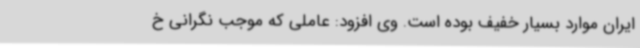
ایران موارد بسیار خفیف بوده است. وی افزود: عاملی که موجب نگرانی خ